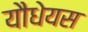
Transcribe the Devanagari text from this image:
यौधेयस